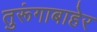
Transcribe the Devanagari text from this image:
तुरूंगाबाहेर